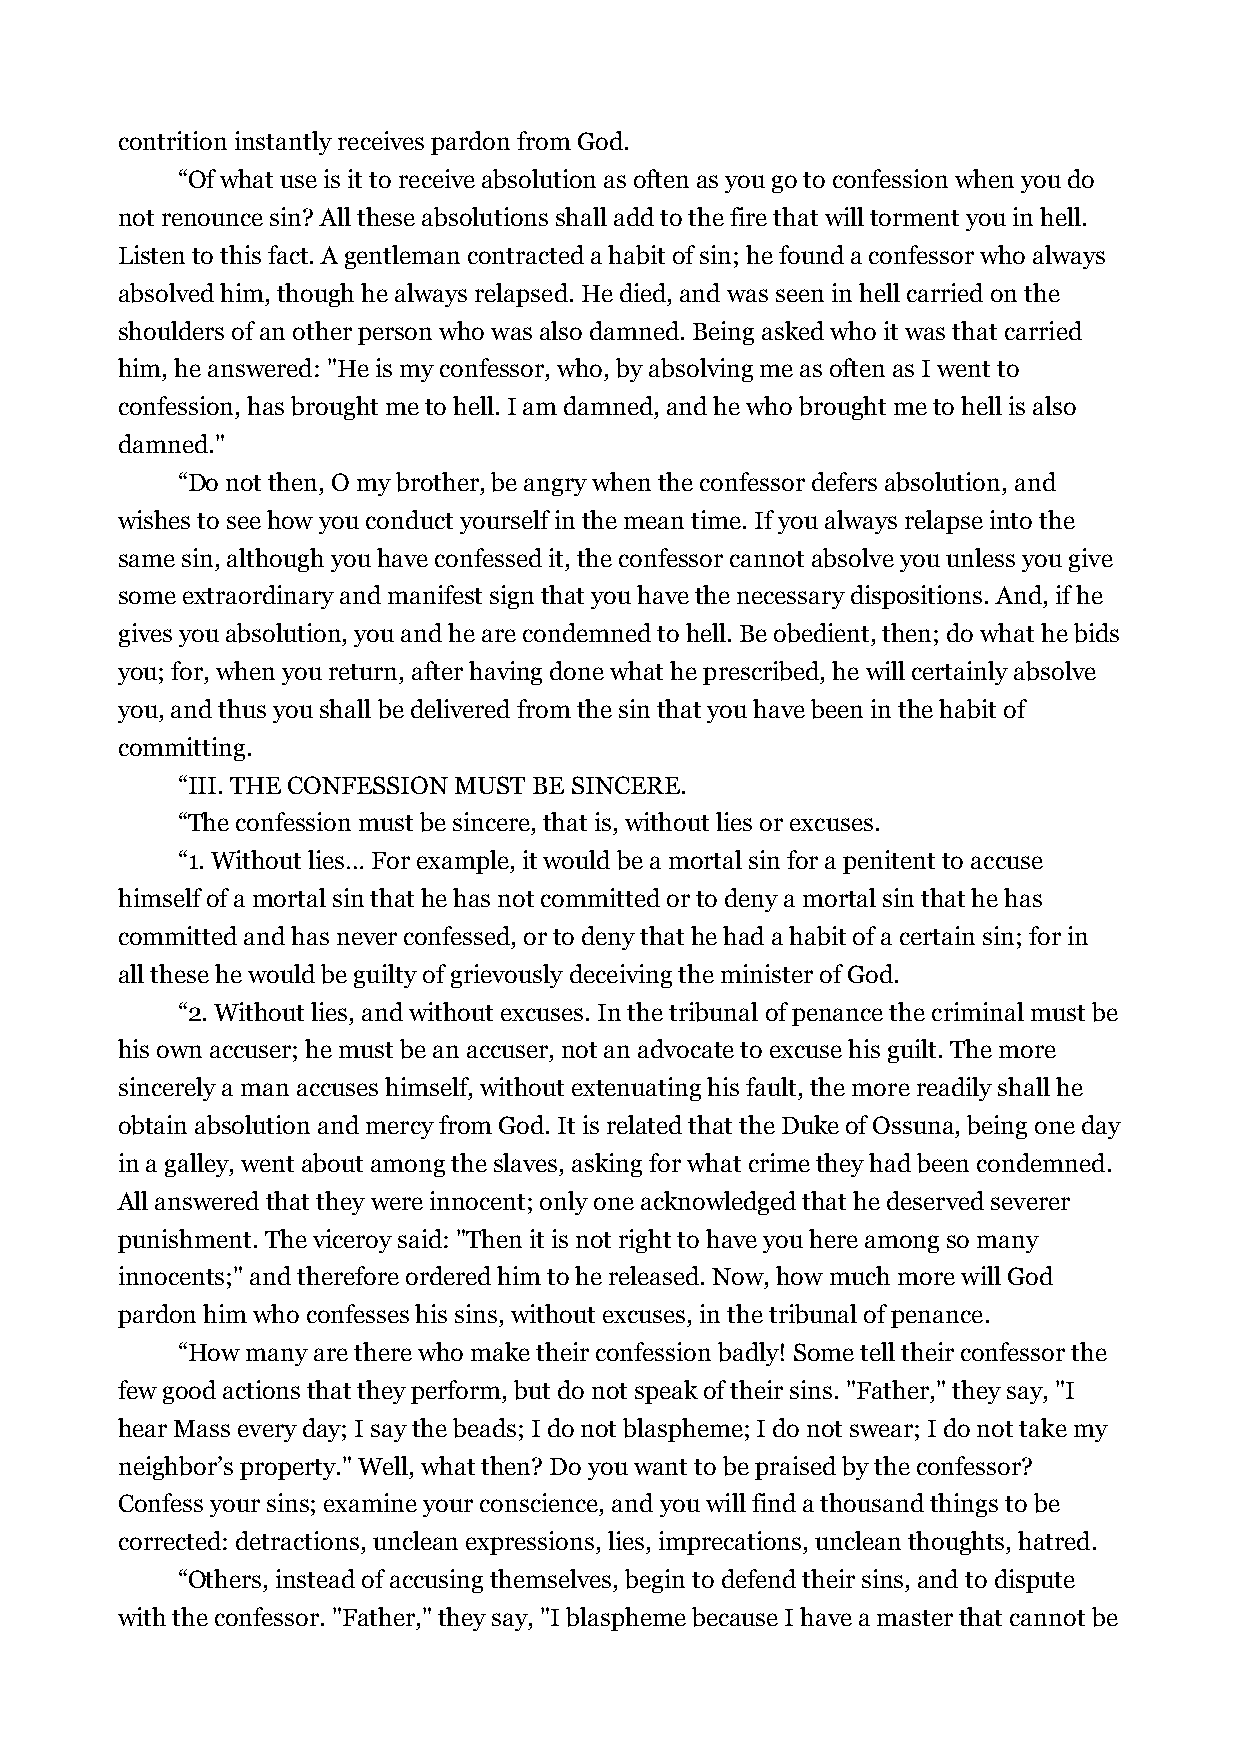
contrition instantly receives pardon from God.
 “Of what use is it to receive absolution as often as you go to confession when you do
 not renounce sin? All these absolutions shall add to the fire that will torment you in hell.
 Listen to this fact. A gentleman contracted a habit of sin; he found a confessor who always
 absolved him, though he always relapsed. He died, and was seen in hell carried on the
 shoulders of an other person who was also damned. Being asked who it was that carried
 him, he answered: "He is my confessor, who, by absolving me as often as I went to
 confession, has brought me to hell. I am damned, and he who brought me to hell is also
 damned."
 “Do not then, O my brother, be angry when the confessor defers absolution, and
 wishes to see how you conduct yourself in the mean time. If you always relapse into the
 same sin, although you have confessed it, the confessor cannot absolve you unless you give
 some extraordinary and manifest sign that you have the necessary dispositions. And, if he
 gives you absolution, you and he are condemned to hell. Be obedient, then; do what he bids
 you; for, when you return, after having done what he prescribed, he will certainly absolve
 you, and thus you shall be delivered from the sin that you have been in the habit of
 committing.
 “III. THE CONFESSION MUST BE SINCERE.
 “The confession must be sincere, that is, without lies or excuses.
 “1. Without lies… For example, it would be a mortal sin for a penitent to accuse
 himself of a mortal sin that he has not committed or to deny a mortal sin that he has
 committed and has never confessed, or to deny that he had a habit of a certain sin; for in
 all these he would be guilty of grievously deceiving the minister of God.
 “2. Without lies, and without excuses. In the tribunal of penance the criminal must be
 his own accuser; he must be an accuser, not an advocate to excuse his guilt. The more
 sincerely a man accuses himself, without extenuating his fault, the more readily shall he
 obtain absolution and mercy from God. It is related that the Duke of Ossuna, being one day
 in a galley, went about among the slaves, asking for what crime they had been condemned.
 All answered that they were innocent; only one acknowledged that he deserved severer
 punishment. The viceroy said: "Then it is not right to have you here among so many
 innocents;" and therefore ordered him to he released. Now, how much more will God
 pardon him who confesses his sins, without excuses, in the tribunal of penance.
 “How many are there who make their confession badly! Some tell their confessor the
 few good actions that they perform, but do not speak of their sins. "Father," they say, "I
 hear Mass every day; I say the beads; I do not blaspheme; I do not swear; I do not take my
 neighbor’s property." Well, what then? Do you want to be praised by the confessor?
 Confess your sins; examine your conscience, and you will find a thousand things to be
 corrected: detractions, unclean expressions, lies, imprecations, unclean thoughts, hatred.
 “Others, instead of accusing themselves, begin to defend their sins, and to dispute
 with the confessor. "Father," they say, "I blaspheme because I have a master that cannot be